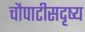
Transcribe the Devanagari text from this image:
चौपाटीसदृष्य